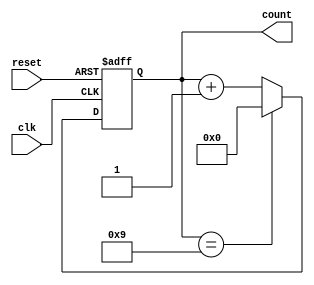
module decade_ring_counter (
    input wire clk,          // Clock input
    input wire reset,        // Asynchronous reset input
    output reg [3:0] count   // 4-bit output to represent the counter value
);

// State transition logic
always @(posedge clk or posedge reset) begin
    if (reset) begin
        // Asynchronous reset: set count to 0000
        count <= 4'b0000;
    end else begin
        // Next state logic
        if (count == 4'b1001) begin
            // If the counter reaches 9 (1001), reset to 0 (0000)
            count <= 4'b0000;
        end else begin
            // Otherwise, increment the counter
            count <= count + 1;
        end
    end
end

endmodule